Document type: Sale
Year: 1435
Scribe: Pere Soler
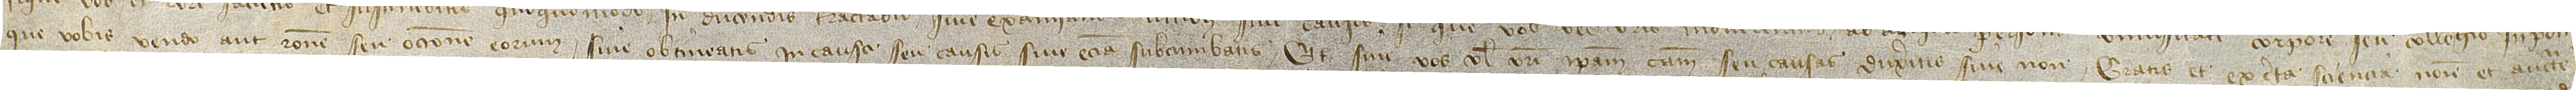
que vobis vendo aut ratione seu occasione eorum sive obtineatis in causa seu causis sive etiam subcumbatis, et sive vos vel vestri ipsam causam seu causas duxeritis sive non, gratis et ex certa sciencia nomine et auctoritate